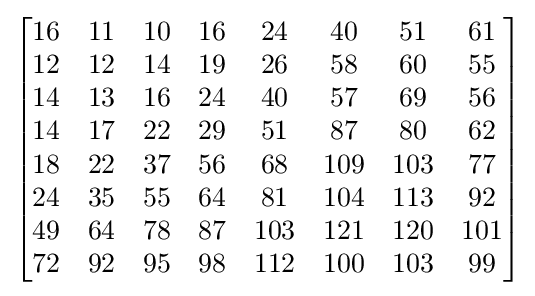
{\begin{bmatrix}16&11&10&16&24&40&51&61\\12&12&14&19&26&58&60&55\\14&13&16&24&40&57&69&56\\14&17&22&29&51&87&80&62\\18&22&37&56&68&109&103&77\\24&35&55&64&81&104&113&92\\49&64&78&87&103&121&120&101\\72&92&95&98&112&100&103&99\end{bmatrix}}